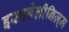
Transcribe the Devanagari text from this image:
इसाबेलीनिज़्म